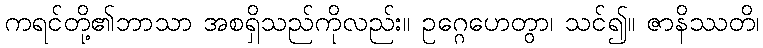
ကရင်တို့၏ဘာသာ အစရှိသည်ကိုလည်း။ ဥဂ္ဂေဟေတွာ၊ သင်၍။ ဇာနိဿတိ၊